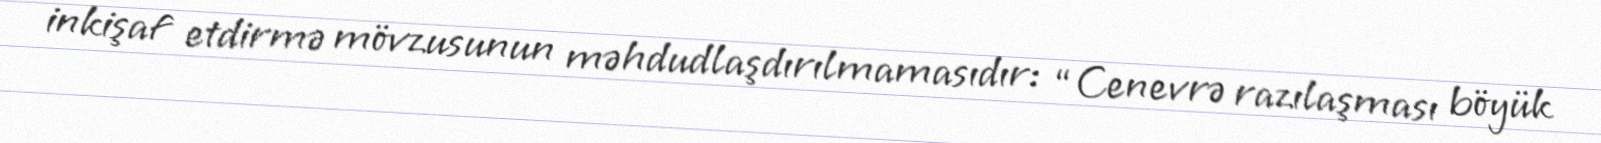
inkişaf etdirmə mövzusunun məhdudlaşdırılmamasıdır: “Cenevrə razılaşması böyük